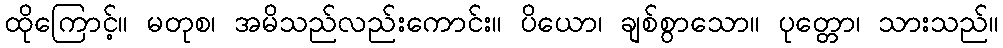
ထိုကြောင့်။ မတုစ၊ အမိသည်လည်းကောင်း။ ပိယော၊ ချစ်စွာသော။ ပုတ္တော၊ သားသည်။